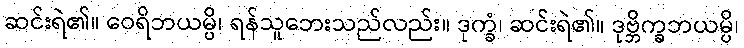
ဆင်းရဲ၏။ ဝေရိဘယမ္ပိ၊ ရန်သူဘေးသည်လည်း။ ဒုက္ခံ၊ ဆင်းရဲ၏။ ဒုဗ္ဘိက္ခဘယမ္ပိ၊